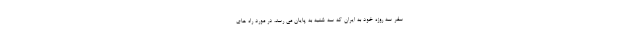
سفر سه روزه خود به ایران که سه شنبه به پایان می رسد، در مورد راه های